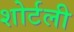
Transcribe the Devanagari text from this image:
शोर्टली